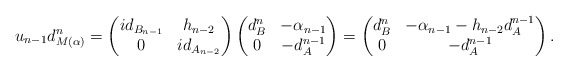
\begin{align*} u_{n-1}d^{n}_{M(\alpha)}=\begin{pmatrix} id_{B_{n-1}} & h_{n-2}\\ 0 & id_{A_{n-2}} \end{pmatrix}\begin{pmatrix} d^{n}_B & -\alpha_{n-1}\\ 0 & -d^{n-1}_{A} \\ \end{pmatrix}=\begin{pmatrix} d^{n}_B & -\alpha_{n-1}-h_{n-2}d^{n-1}_{A}\\ 0 & -d^{n-1}_{A} \\\end{pmatrix}. \end{align*}